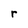
Character: r